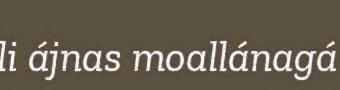
li ájnas moallánagá